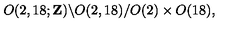
O ( 2 , 1 8 ; { \bf Z } ) \backslash O ( 2 , 1 8 ) / O ( 2 ) \times O ( 1 8 ) ,